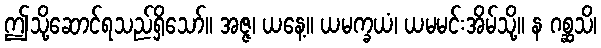
ဤသို့ဆောင်ရသည်ရှိသော်။ အဇ္ဇ၊ ယနေ့။ ယမက္ခယံ၊ ယမမင်းအိမ်သို့။ န ဂစ္ဆသိ၊